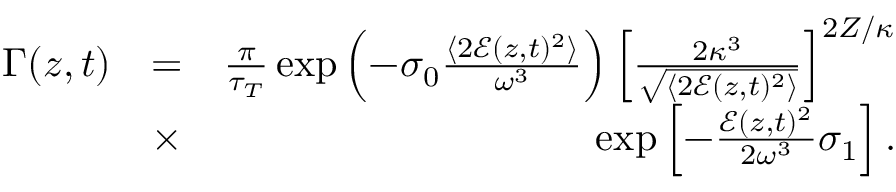
\begin{array} { r l r } { \Gamma ( z , t ) } & { = } & { \frac { \pi } { \tau _ { T } } \exp \left( - \sigma _ { 0 } \frac { \langle 2 \mathcal E ( z , t ) ^ { 2 } \rangle } { \omega ^ { 3 } } \right) \left[ \frac { 2 \kappa ^ { 3 } } { \sqrt { \langle 2 \mathcal E ( z , t ) ^ { 2 } \rangle } } \right] ^ { 2 Z / \kappa } } \\ & { \times } & { \exp \left[ - \frac { \mathcal E ( z , t ) ^ { 2 } } { 2 \omega ^ { 3 } } \sigma _ { 1 } \right] . } \end{array}